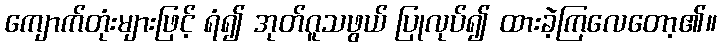
ကျောက်တုံးများဖြင့် ရံ၍ အုတ်ဂူသဖွယ် ပြုလုပ်၍ ထားခဲ့ကြလေတော့၏။